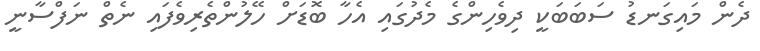
ދެން މައިގަނޑު ސަބަބަކީ ދިވެހިންގެ މެދުގައި އެހާ ބޮޑަށް ހޭލުންތެރިވެފައި ނެތް ނަފްސާނީ